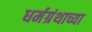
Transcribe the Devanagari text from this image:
धर्मग्रंथाच्या